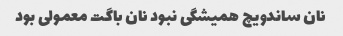
نان ساندویچ همیشگی نبود نان باگت معمولی بود